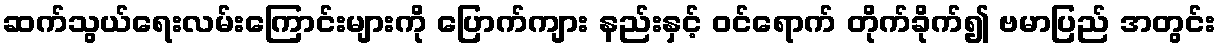
ဆက်သွယ်ရေးလမ်းကြောင်းများကို ပြောက်ကျား နည်းနှင့် ဝင်ရောက် တိုက်ခိုက်၍ ဗမာပြည် အတွင်း